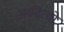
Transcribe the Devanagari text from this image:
आदित्यो